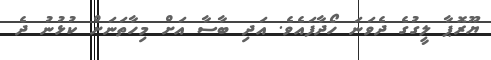
ޔޫރޮޕާ ލީގުގެ ދެވަނަ ހޯދާފައެވެ. އަދި ބާސާ އަށް މިހާތަނަށް ކުޅުނު ދެ